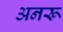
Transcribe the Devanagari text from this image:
अनरू